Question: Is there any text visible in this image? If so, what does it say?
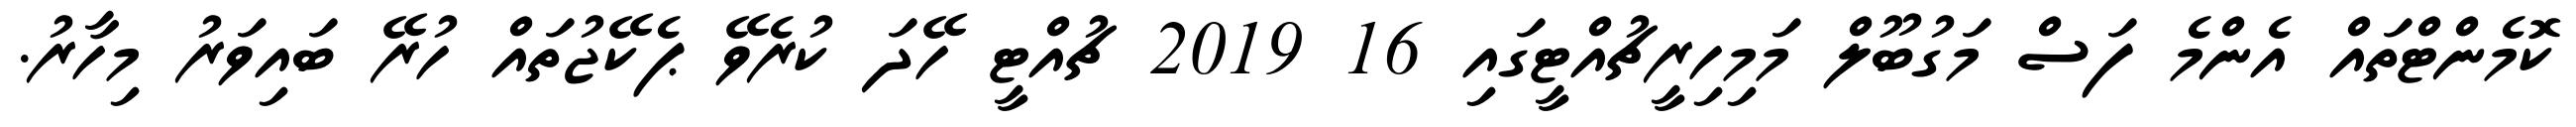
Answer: ކޮމެންޓްތައް އެންމެ ފަސް މަގުބޫލް މަމިހިރީޗުއްޓީގައި 16 2019 ޗުއްޓީ ހޭދަ ކުރެވޭ ޕެކޭޖުތައް ހުރޭ ބައިވަރު މިހާރު.